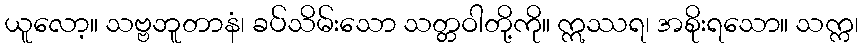
ယူလော့။ သဗ္ဗဘူတာနံ၊ ခပ်သိမ်းသော သတ္တဝါတို့ကို။ ဣဿရ၊ အစိုးရသော။ သက္က၊